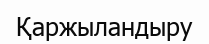
Қаржыландыру